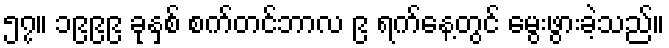
၅၇။ ၁၉၉၉ ခုနှစ် စက်တင်ဘာလ ၉ ရက်နေ့တွင် မွေးဖွားခဲ့သည်။